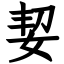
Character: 㛃